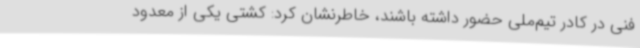
فنی در کادر تیم‌ملی حضور داشته باشند، خاطرنشان کرد: کشتی یکی از معدود